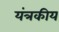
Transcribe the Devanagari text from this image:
यंत्रकीय